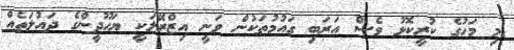
މި މަހުގެ ކުރީކޮޅު ވެސް އަރަބި ގައުމުތަކުން ވަނީ އިޒްރޭލަކީ ޔަހޫދީންގެ ދައުލަތެއް